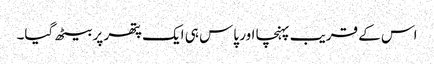
اس کے قریب پہنچا اور پاس ہی ایک پتھر پر بیٹھ گیا۔